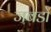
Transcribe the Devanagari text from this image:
जबडों